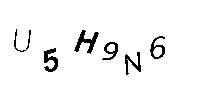
U5H9N6